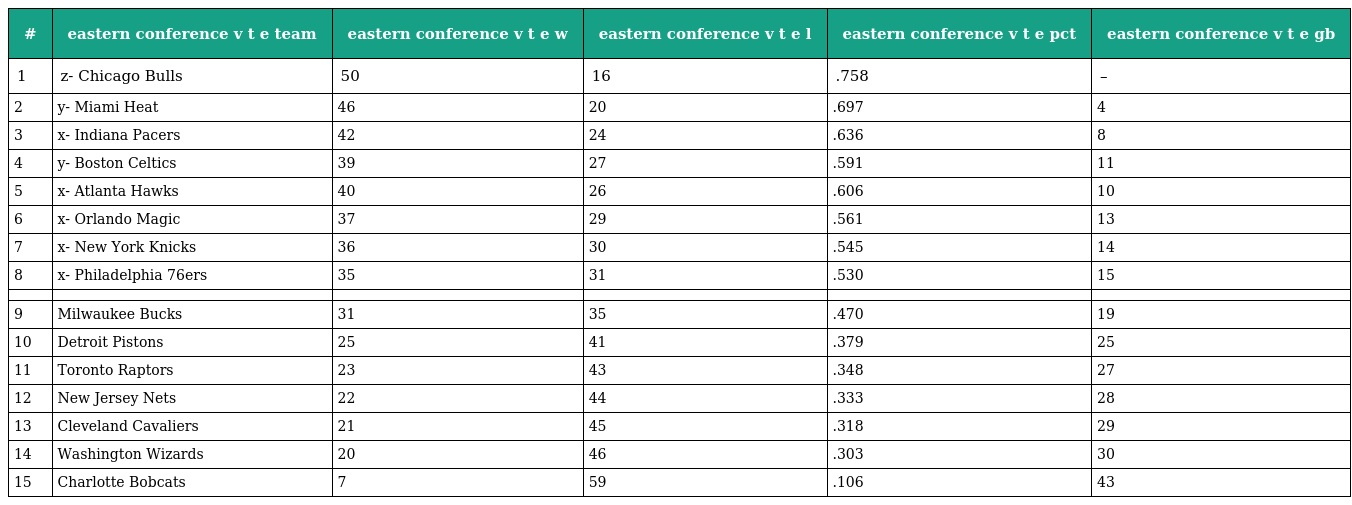
| # | eastern conference v t e team | eastern conference v t e w | eastern conference v t e l | eastern conference v t e pct | eastern conference v t e gb |
 | --- | --- | --- | --- | --- | --- |
 | 1 | z- Chicago Bulls | 50 | 16 | .758 | – |
 | 2 | y- Miami Heat | 46 | 20 | .697 | 4 |
 | 3 | x- Indiana Pacers | 42 | 24 | .636 | 8 |
 | 4 | y- Boston Celtics | 39 | 27 | .591 | 11 |
 | 5 | x- Atlanta Hawks | 40 | 26 | .606 | 10 |
 | 6 | x- Orlando Magic | 37 | 29 | .561 | 13 |
 | 7 | x- New York Knicks | 36 | 30 | .545 | 14 |
 | 8 | x- Philadelphia 76ers | 35 | 31 | .530 | 15 |
 |  |  |  |  |  |  |
 | 9 | Milwaukee Bucks | 31 | 35 | .470 | 19 |
 | 10 | Detroit Pistons | 25 | 41 | .379 | 25 |
 | 11 | Toronto Raptors | 23 | 43 | .348 | 27 |
 | 12 | New Jersey Nets | 22 | 44 | .333 | 28 |
 | 13 | Cleveland Cavaliers | 21 | 45 | .318 | 29 |
 | 14 | Washington Wizards | 20 | 46 | .303 | 30 |
 | 15 | Charlotte Bobcats | 7 | 59 | .106 | 43 |